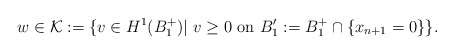
\begin{align*} w\in \mathcal{K}:=\{v\in H^1(B_1^+)| \ v \geq 0 \mbox{ on } B_1':= B_1^+\cap \{x_{n+1}=0\} \}.\end{align*}